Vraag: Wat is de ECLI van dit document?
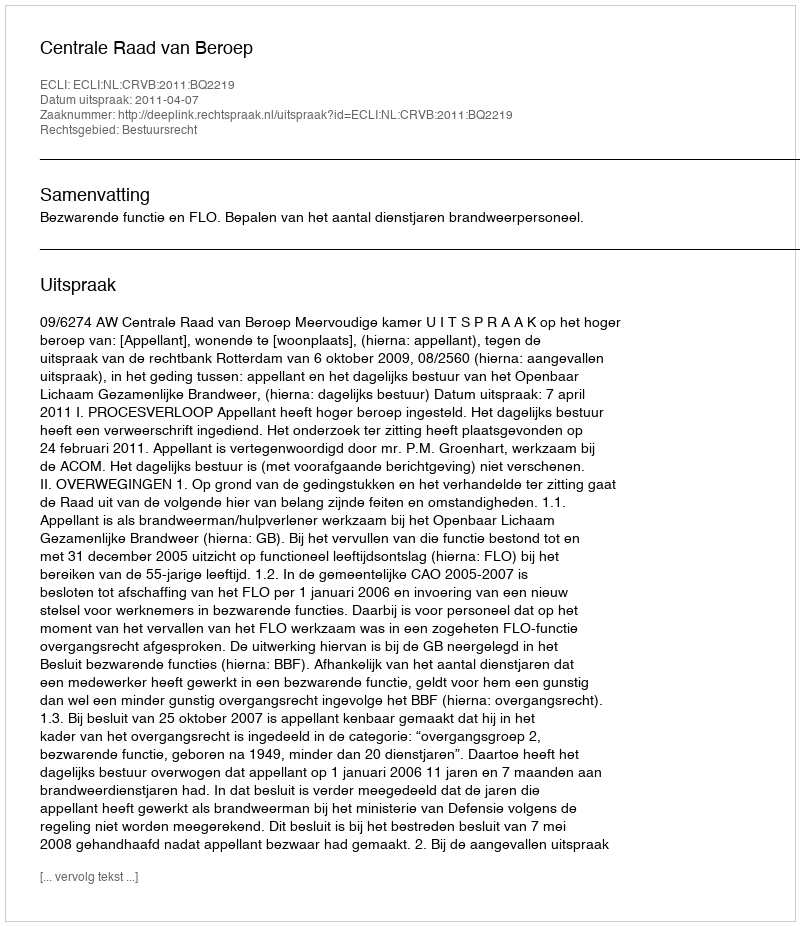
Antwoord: ECLI:NL:CRVB:2011:BQ2219